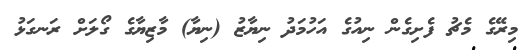
މިރޭގެ މެޗު ފެށިގެން ނިއުގެ އަހުމަދު ނިޔާޒު (ނިޔާ) މާޒިޔާގެ ގޯލަށް ރަނގަޅު